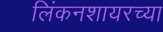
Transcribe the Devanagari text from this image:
लिंकनशायरच्या